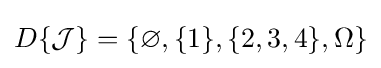
D\{{\mathcal {J}}\}=\{\varnothing ,\{1\},\{2,3,4\},\Omega \}